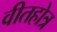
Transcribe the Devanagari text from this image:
वीतहोत्र